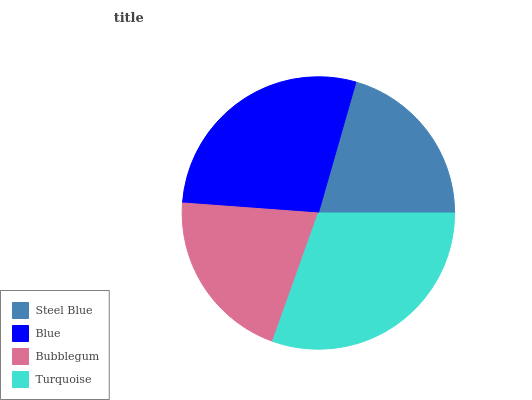
| Steel Blue | Blue | Bubblegum | Turquoise |
 | --- | --- | --- | --- |
 | 20.5% | 28.3% | 20.7% | 30.4% |